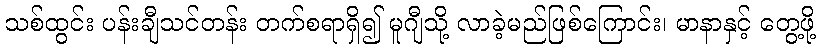
သစ်ထွင်း ပန်းချီသင်တန်း တက်စရာရှိ၍ မူဂျီသို့ လာခဲ့မည်ဖြစ်ကြောင်း၊ မာနာနှင့် တွေ့ဖို့